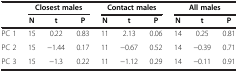
<table><thead><tr><td><b> </b></td><td colspan="3"><b>Closest males</b></td><td colspan="3"><b>Contact males</b></td><td colspan="3"><b>All males</b></td></tr><tr><td><b> </b></td><td><b>N</b></td><td><b>t</b></td><td><b>P</b></td><td><b>N</b></td><td><b>t</b></td><td><b>P</b></td><td><b>N</b></td><td><b>t</b></td><td><b>P</b></td></tr></thead><tbody><tr><td>PC 1</td><td>15</td><td>0.22</td><td>0.83</td><td>11</td><td>2.13</td><td>0.06</td><td>14</td><td>0.25</td><td>0.81</td></tr><tr><td>PC 2</td><td>15</td><td>−1.44</td><td>0.17</td><td>11</td><td>−0.67</td><td>0.52</td><td>14</td><td>−0.39</td><td>0.71</td></tr><tr><td>PC 3</td><td>15</td><td>−1.3</td><td>0.22</td><td>11</td><td>−1.12</td><td>0.29</td><td>14</td><td>−0.11</td><td>0.91</td></tr></tbody></table>